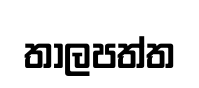
තාලපත්ත